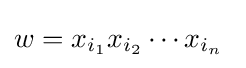
w=x_{i_{1}}x_{i_{2}}\cdots x_{i_{n}}\